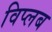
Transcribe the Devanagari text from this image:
विप्लब